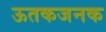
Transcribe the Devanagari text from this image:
ऊतकजनक